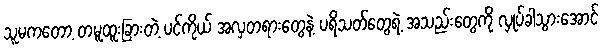
သူမကတော့ တမူထူးခြားတဲ့ ပင်ကိုယ် အလှတရားတွေနဲ့ ပရိသတ်တွေရဲ့ အသည်းတွေကို လှုပ်ခါသွားအောင်